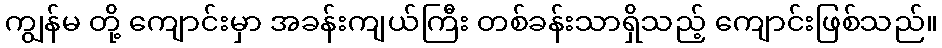
ကျွန်မ တို့ ကျောင်းမှာ အခန်းကျယ်ကြီး တစ်ခန်းသာရှိသည့် ကျောင်းဖြစ်သည်။